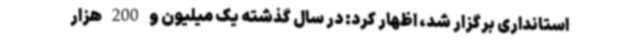
استانداری برگزار شد، اظهار کرد: در سال گذشته یک میلیون و 200 هزار